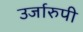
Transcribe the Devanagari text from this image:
उर्जारुपी